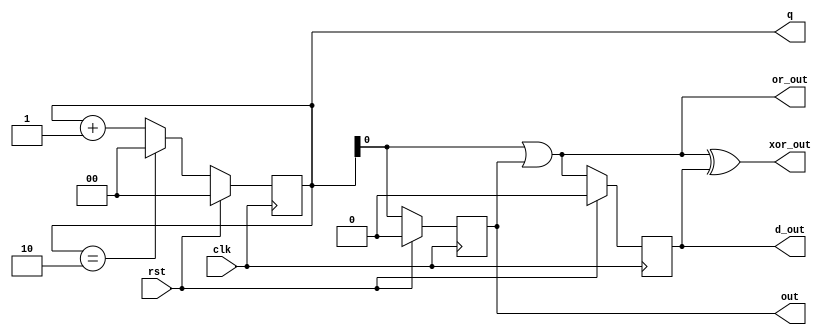
module freq3(clk,rst,q,out,or_out,xor_out,d_out);
	input clk,rst;
	output reg  [1:0]q;
	output reg out;
	output or_out,xor_out;
	output reg d_out;
	always@(posedge clk)
		begin
			if(rst)
				q<=2'b00;
			else if( q==2'b10)
				q<=2'b00;
			else
				q<=q+1;
		end
	always@(negedge clk)
		begin
			if(rst)
				out<=1'b0;
			else 
				out<=q[0];
		end
	assign or_out=q[0]||out;
	always@(negedge clk)
		begin 
			if(rst)
				d_out<=1'b0;
			else 
				d_out<=or_out;
		end
	assign xor_out=or_out^d_out;
endmodule